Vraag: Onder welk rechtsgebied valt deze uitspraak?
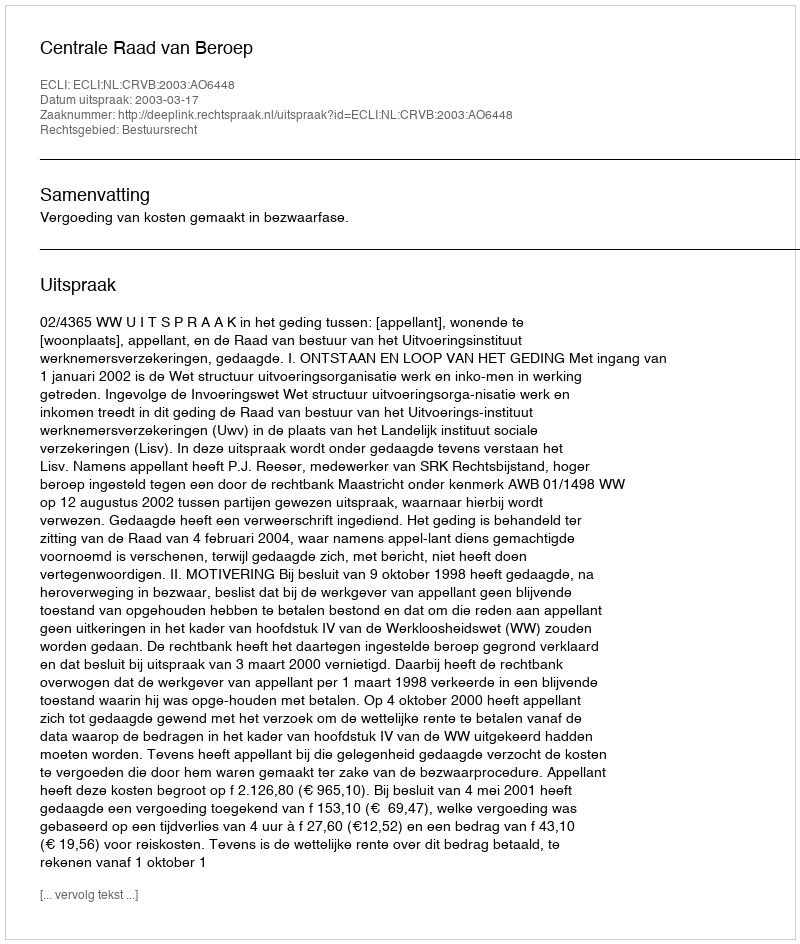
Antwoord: Bestuursrecht